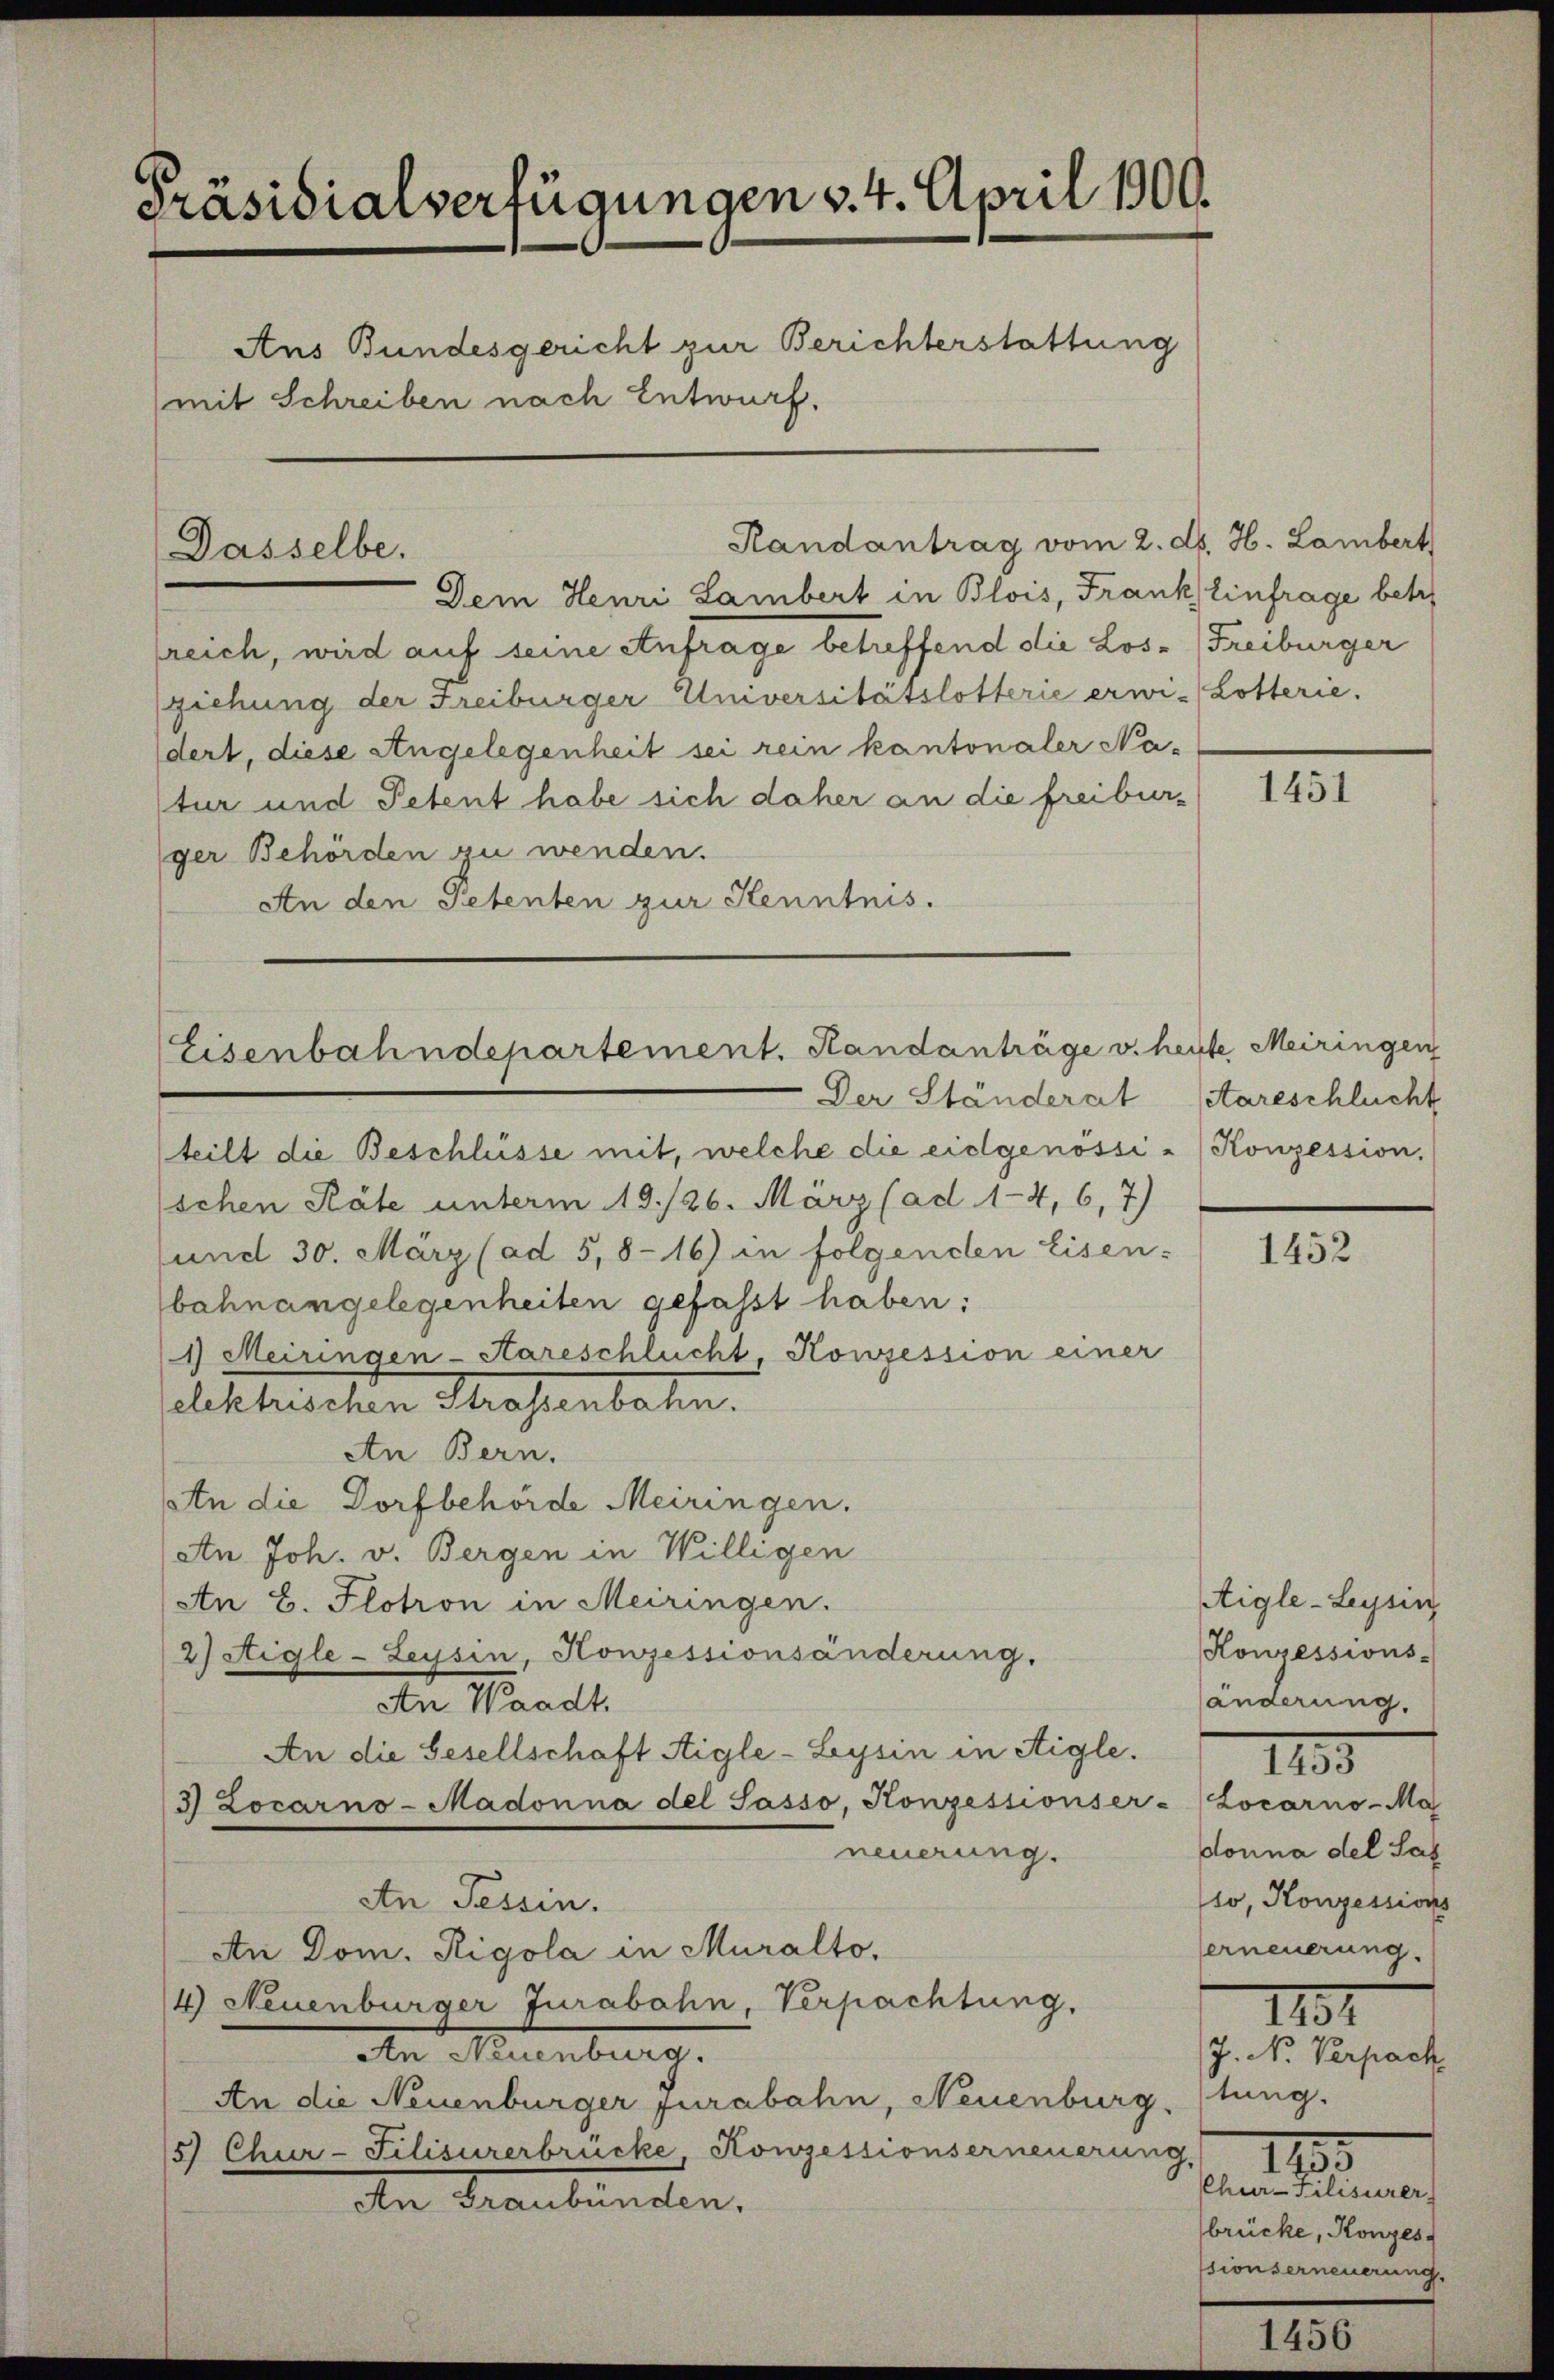
Präsidialverfügungen v. 4. April 1900.
Ans Bundesgericht zur Berichterstattung
mit Schreiben nach Entwurf.

Dasselbe.

Dem Henri Lambert in Blois, Frank, Einfrage betr
sreich, wird auf seine Anfrage betreffend die Los- Freiburger
ziehung der Freiburger Universitätslotterie erwi-Lotterie.
dert, diese Angelegenheit sei rein kantonaler Natur und Petent habe sich daher an die freibur-
ger Behörden zu wenden.
An den Petenten zur Kenntnis.
Der Ständerat
teilt die Beschlüsse mit, welche die eidgenössi-Konzession.
schen Räte unterm 19./26. März (ad 1-4, 6, 7)
und 30. März (ad 5,8-16) in folgenden Eisen-
bahnangelegenheiten gefasst haben:
1) Meiringen-Kareschlucht, Konzession einer
lektrischen Strasenbahn.
An Bern.
An die Dorfbehörde Meiringen.
An Joh. v. Bergen in Willigen
An B. Plotron in Meiringen.
2) Aigle - Leysin, Honzessionsänderung.
An Waadt.
An die Gesellschaft Aigle-Lysin in Aigle.
3) Locarno-Madonna del Sasso, Konzessionser-Locarno-Ma
neuerung.
An Tessin.
An Dom. Rigola in Muralto,
4) Neuenburger Jurabahn, Verpachtung.
An Neuenburg.
An die Neuenburger Jurabahn, Neuenburg, stung.
5 Chur-Filisirerbrücke, Konzessionserneuerung.
An Graubünden.

Eisenbahndepartement. Randanträge v. heute Meiringen

Randantrag vom 2. d. H. Lambert

1451

Aareschlucht

1452

Aigle - Leysin
Honzessions-
änderung.
donna del Sal
to, Konzessions
erneuerung.
110
J. Nr. Verpach.
1195
Chuer-Filisirer
brücke, Konzes
sionserneuerung,

IIII.